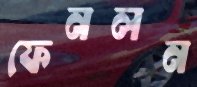
ফেনলন